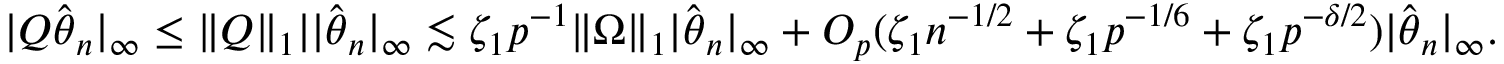
| Q \hat { { \boldsymbol \theta } } _ { n } | _ { \infty } \leq \| Q \| _ { 1 } | | \hat { { \boldsymbol \theta } } _ { n } | _ { \infty } \lesssim \zeta _ { 1 } p ^ { - 1 } \| \Omega \| _ { 1 } | \hat { { \boldsymbol \theta } } _ { n } | _ { \infty } + O _ { p } ( \zeta _ { 1 } n ^ { - 1 / 2 } + \zeta _ { 1 } p ^ { - 1 / 6 } + \zeta _ { 1 } p ^ { - \delta / 2 } ) | \hat { { \boldsymbol \theta } } _ { n } | _ { \infty } .